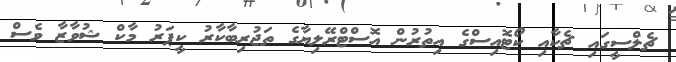
ޗެލްސީގައި ޗެކާއި ކޯޓޮއިސްގެ އިތުރުން އޮސްޓްރޭލިޔާގެ ތަޖުރިބާކާރު ކީޕަރު މާކް ޝުވާޒާ ވެސް